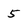
Character: 5